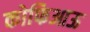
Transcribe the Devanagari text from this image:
कोफिआऊ